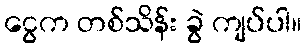
ငွေက တစ်သိန်း ခွဲ ကျပ်ပါ။